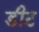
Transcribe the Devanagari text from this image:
डीट